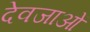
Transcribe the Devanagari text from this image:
देवजाओं